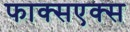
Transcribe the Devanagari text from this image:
फाक्सएक्स